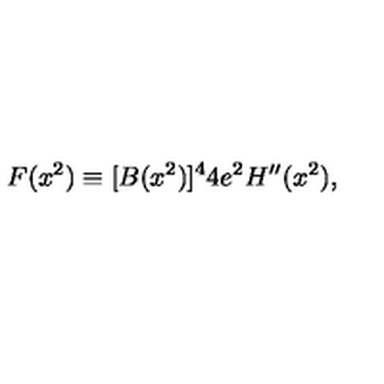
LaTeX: F ( x ^ { 2 } ) \equiv [ B ( x ^ { 2 } ) ] ^ { 4 } 4 e ^ { 2 } H ^ { \prime \prime } ( x ^ { 2 } ) ,